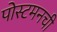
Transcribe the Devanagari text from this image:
पोस्टमनची